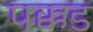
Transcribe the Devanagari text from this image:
पक्कड